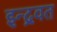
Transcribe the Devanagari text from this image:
इन्द्रवत